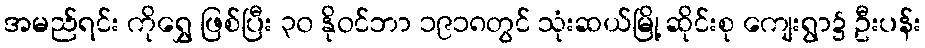
အမည်ရင်း ကိုရွှေ ဖြစ်ပြီး ၃၀ နိုဝင်ဘာ ၁၉၁၈တွင် သုံးဆယ်မြို့ ဆိုင်းစု ကျေးရွာ၌ ဦးပန်း